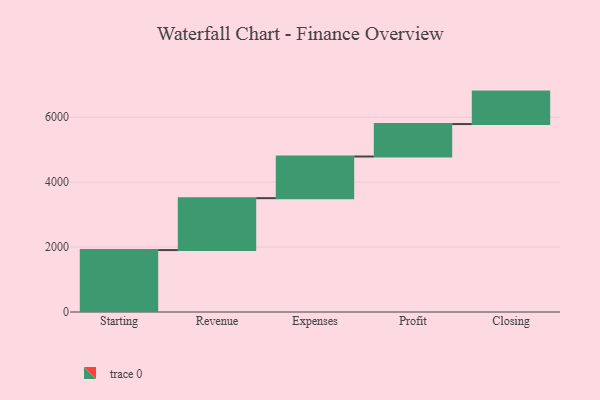
{"axis": {"x": "Step", "y": "Value"}, "legend": [""], "data": [{"x": "Starting", "y": 1908.0, "type": ""}, {"x": "Revenue", "y": 1599.0, "type": ""}, {"x": "Expenses", "y": 1283.0, "type": ""}, {"x": "Profit", "y": 1000, "type": ""}, {"x": "Closing", "y": 1000, "type": ""}]}